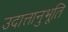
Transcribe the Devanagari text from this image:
उदात्तानुभूति